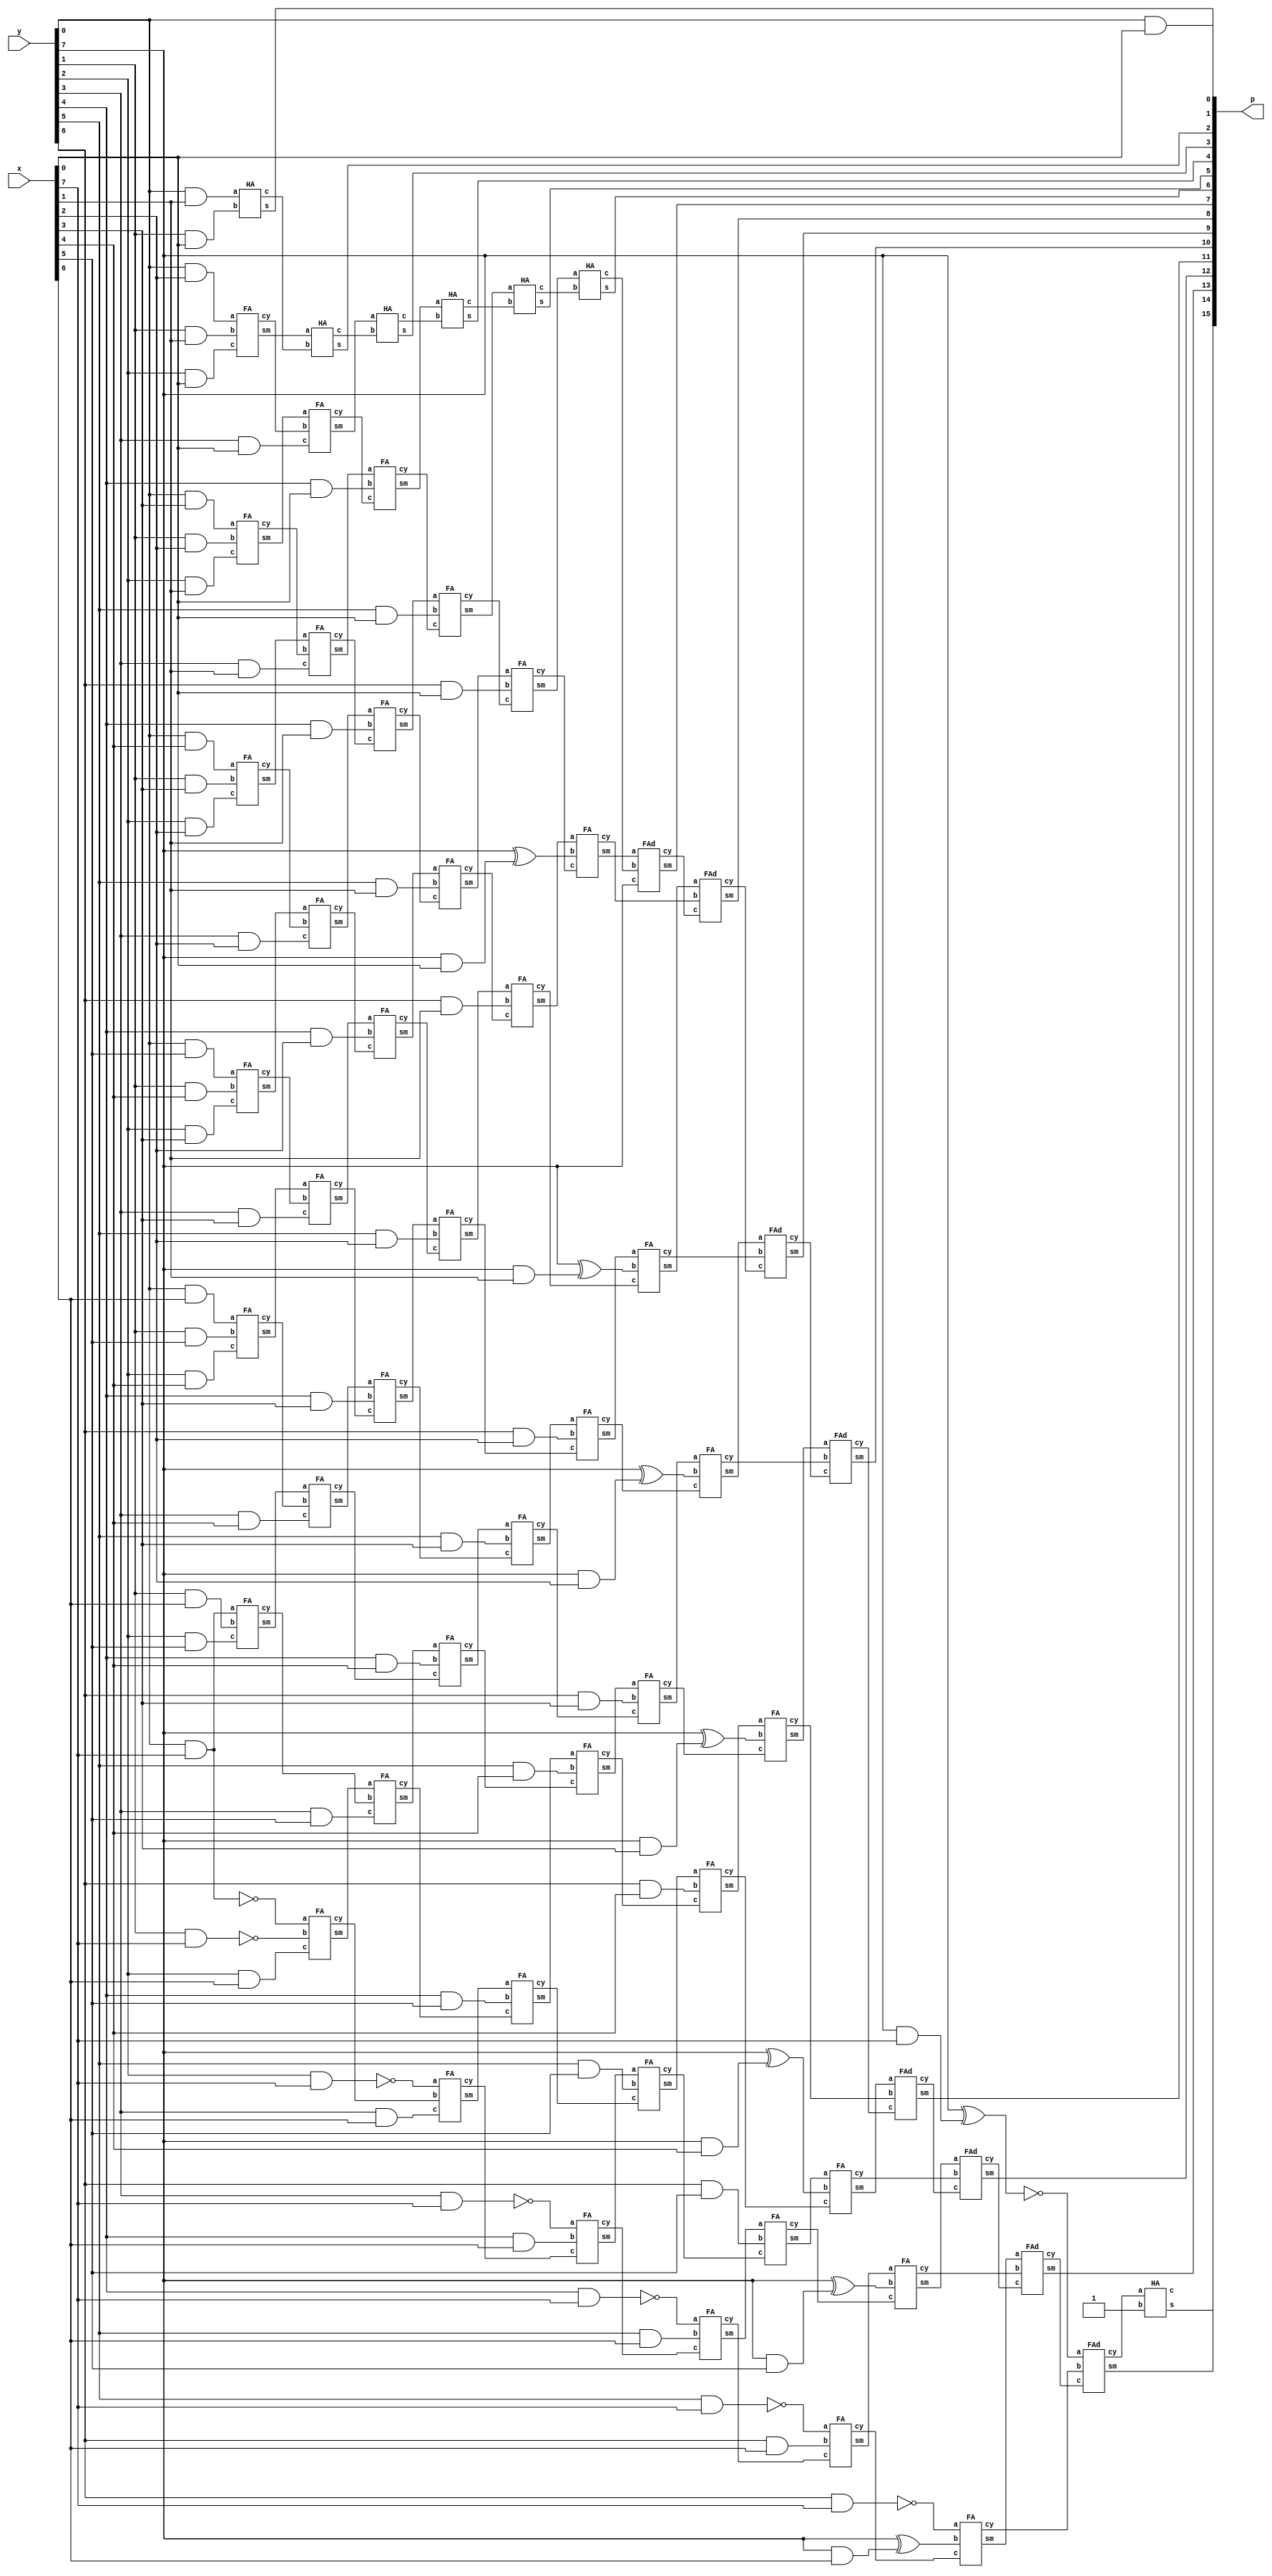
module wallace(x,y,p);
input [7:0] x,y;
output [15:0] p;
wire [6:0] ip1;
wire [7:0] ip2,ip3,ip4,ip5,ip6,ip7,ip8,si,iip;
wire [6:0] s1,s2,s3,s4,s5,s6;
wire [7:0] c1,c2,c3,c4,c5,c6,c7;
wire c;
// first AND array
and fi1(p[0],y[0],x[0]);
and fi2(ip1[0],y[0],x[1]);
and fi3(ip1[1],y[0],x[2]);
and fi4(ip1[2],y[0],x[3]);
and fi5(ip1[3],y[0],x[4]);
and fi6(ip1[4],y[0],x[5]);
and fi7(ip1[5],y[0],x[6]);
and fi8(ip1[6],y[0],x[7]);
not n1(si[0],ip1[6]);

// second AND array and NOT GATES
and se1(ip2[0],y[1],x[0]);
and se2(ip2[1],y[1],x[1]);
and se3(ip2[2],y[1],x[2]);
and se4(ip2[3],y[1],x[3]);
and se5(ip2[4],y[1],x[4]);
and se6(ip2[5],y[1],x[5]);
and se7(ip2[6],y[1],x[6]);
and se8(ip2[7],y[1],x[7]);
not n2(si[1],ip2[7]);

//third

and th1(ip3[0],y[2],x[0]);
and th2(ip3[1],y[2],x[1]);
and th3(ip3[2],y[2],x[2]);
and th4(ip3[3],y[2],x[3]);
and th5(ip3[4],y[2],x[4]);
and th6(ip3[5],y[2],x[5]);
and th7(ip3[6],y[2],x[6]);
and th8(ip3[7],y[2],x[7]);
not n3(si[2],ip3[7]);

//fourth

and fo1(ip4[0],y[3],x[0]);
and fo2(ip4[1],y[3],x[1]);
and fo3(ip4[2],y[3],x[2]);
and fo4(ip4[3],y[3],x[3]);
and fo5(ip4[4],y[3],x[4]);
and fo6(ip4[5],y[3],x[5]);
and fo7(ip4[6],y[3],x[6]);
and fo8(ip4[7],y[3],x[7]);
not n4(si[3],ip4[7]);

//fifth

and fif1(ip5[0],y[4],x[0]);
and fif2(ip5[1],y[4],x[1]);
and fif3(ip5[2],y[4],x[2]);
and fif4(ip5[3],y[4],x[3]);
and fif5(ip5[4],y[4],x[4]);
and fif6(ip5[5],y[4],x[5]);
and fif7(ip5[6],y[4],x[6]);
and fif8(ip5[7],y[4],x[7]);
not n5(si[4],ip5[7]);

//sixth

and si1(ip6[0],y[5],x[0]);
and si2(ip6[1],y[5],x[1]);
and si3(ip6[2],y[5],x[2]);
and si4(ip6[3],y[5],x[3]);
and si5(ip6[4],y[5],x[4]);
and si6(ip6[5],y[5],x[5]);
and si7(ip6[6],y[5],x[6]);
and si8(ip6[7],y[5],x[7]);
not n6(si[5],ip6[7]);

//seventh

and sev1(ip7[0],y[6],x[0]);
and sev2(ip7[1],y[6],x[1]);
and sev3(ip7[2],y[6],x[2]);
and sev4(ip7[3],y[6],x[3]);
and sev5(ip7[4],y[6],x[4]);
and sev6(ip7[5],y[6],x[5]);
and sev7(ip7[6],y[6],x[6]);
and sev8(ip7[7],y[6],x[7]);
not n7(si[6],ip7[7]);

//eight

and eii1(iip[0],y[7],x[0]);
and eii2(iip[1],y[7],x[1]);
and eii3(iip[2],y[7],x[2]);
and eii4(iip[3],y[7],x[3]);
and eii5(iip[4],y[7],x[4]);
and eii6(iip[5],y[7],x[5]);
and eii7(iip[6],y[7],x[6]);
and eii8(iip[7],y[7],x[7]);

xor ei1(ip8[0],y[7],iip[0]);
xor ei2(ip8[1],y[7],iip[1]);
xor ei3(ip8[2],y[7],iip[2]);
xor ei4(ip8[3],y[7],iip[3]);
xor ei5(ip8[4],y[7],iip[4]);
xor ei6(ip8[5],y[7],iip[5]);
xor ei7(ip8[6],y[7],iip[6]);
xor ei8(ip8[7],y[7],iip[7]);
not n8(si[7],ip8[7]);


//first adder array
HA ha1(ip1[0],ip2[0],c1[0],p[1]);
FA fa1(ip1[1],ip2[1],ip3[0],c1[1],s1[0]);
FA fa2(ip1[2],ip2[2],ip3[1],c1[2],s1[1]);
FA fa3(ip1[3],ip2[3],ip3[2],c1[3],s1[2]);
FA fa4(ip1[4],ip2[4],ip3[3],c1[4],s1[3]);
FA fa5(ip1[5],ip2[5],ip3[4],c1[5],s1[4]);
FA fa6(ip1[6],ip2[6],ip3[5],c1[6],s1[5]);
FA fa7(si[0],si[1],ip3[6],c1[7],s1[6]);

//second adder array
HA ha2(s1[0],c1[0],c2[0],p[2]);
FA sa1(s1[1],c1[1],ip4[0],c2[1],s2[0]);
FA sa2(s1[2],c1[2],ip4[1],c2[2],s2[1]);
FA sa3(s1[3],c1[3],ip4[2],c2[3],s2[2]);
FA sa4(s1[4],c1[4],ip4[3],c2[4],s2[3]);
FA sa5(s1[5],c1[5],ip4[4],c2[5],s2[4]);
FA sa6(s1[6],c1[6],ip4[5],c2[6],s2[5]);
FA sa7(si[2],c1[7],ip4[6],c2[7],s2[6]);

//third adder

HA ha3(s2[0],c2[0],c3[0],p[3]);
FA ta1(s2[1],ip5[0],c2[1],c3[1],s3[0]);
FA ta2(s2[2],ip5[1],c2[2],c3[2],s3[1]);
FA ta3(s2[3],ip5[2],c2[3],c3[3],s3[2]);
FA ta4(s2[4],ip5[3],c2[4],c3[4],s3[3]);
FA ta5(s2[5],ip5[4],c2[5],c3[5],s3[4]);
FA ta6(s2[6],ip5[5],c2[6],c3[6],s3[5]);
FA ta7(si[3],ip5[6],c2[7],c3[7],s3[6]);

//fourth adder

HA ha4(s3[0],c3[0],c4[0],p[4]);
FA foa1(s3[1],ip6[0],c3[1],c4[1],s4[0]);
FA foa2(s3[2],ip6[1],c3[2],c4[2],s4[1]);
FA foa3(s3[3],ip6[2],c3[3],c4[3],s4[2]);
FA foa4(s3[4],ip6[3],c3[4],c4[4],s4[3]);
FA foa5(s3[5],ip6[4],c3[5],c4[5],s4[4]);
FA foa6(s3[6],ip6[5],c3[6],c4[6],s4[5]);
FA foa7(si[4],ip6[6],c3[7],c4[7],s4[6]);

//fifth adder

HA ha5(s4[0],c4[0],c5[0],p[5]);
FA fia1(s4[1],ip7[0],c4[1],c5[1],s5[0]);
FA fia2(s4[2],ip7[1],c4[2],c5[2],s5[1]);
FA fia3(s4[3],ip7[2],c4[3],c5[3],s5[2]);
FA fia4(s4[4],ip7[3],c4[4],c5[4],s5[3]);
FA fia5(s4[5],ip7[4],c4[5],c5[5],s5[4]);
FA fia6(s4[6],ip7[5],c4[6],c5[6],s5[5]);
FA fia7(si[5],ip7[6],c4[7],c5[7],s5[6]);

//sixth adder


HA ha6(s5[0],c5[0],c6[0],p[6]);
FA sia1(s5[1],ip8[0],c5[1],c6[1],s6[0]);
FA sia2(s5[2],ip8[1],c5[2],c6[2],s6[1]);
FA sia3(s5[3],ip8[2],c5[3],c6[3],s6[2]);
FA sia4(s5[4],ip8[3],c5[4],c6[4],s6[3]);
FA sia5(s5[5],ip8[4],c5[5],c6[5],s6[4]);
FA sia6(s5[6],ip8[5],c5[6],c6[6],s6[5]);
FA sia7(si[6],ip8[6],c5[7],c6[7],s6[6]);

//seventh adder


FAd sea0(s6[0],c6[0],y[7],c7[0],p[7]);
FAd sea1(s6[1],c6[1],c7[0],c7[1],p[8]);
FAd sea2(s6[2],c6[2],c7[1],c7[2],p[9]);
FAd sea3(s6[3],c6[3],c7[2],c7[3],p[10]);
FAd sea4(s6[4],c6[4],c7[3],c7[4],p[11]);
FAd sea5(s6[5],c6[5],c7[4],c7[5],p[12]);
FAd sea6(s6[6],c6[6],c7[5],c7[6],p[13]);
FAd sea7(si[7],c6[7],c7[6],c7[7],p[14]);
HA ha8(c7[7],1'b1,c,p[15]);


endmodule

module HA(a,b,c,s);
input a,b;
output c,s;
xor x1(s,a,b);
and a1(c,a,b);
endmodule

module FA(a,b,c,cy,sm);
input a,b,c;
output cy,sm;
wire x,y;
xor x1(x,a,b);
xnor x2(y,a,b);
MUX m1(x,y,c,sm);
MUX m2(a,c,x,cy);

endmodule

module MUX(i0,i1,s,o);
input i0,i1,s;
output o;
wire t,p,q;
and a1(t,s,i1);
not n0(p,s);
and a2(q,p,i0);
or a3(o,t,q);
endmodule

module FAd(a,b,c,cy,sm);
input a,b,c;
output cy,sm;
wire x,y,z;
xor x1(x,a,b);
xor x2(sm,x,c);
and a1(y,a,b);
and a2(z,x,c);
or o1(cy,y,z);
endmodule